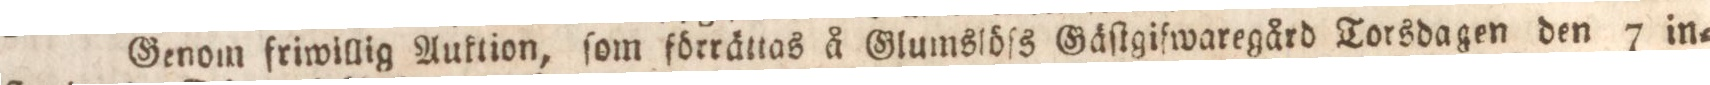
Genom friwillig Auktion, ſom förrättas å Glumslöſs Gäſtgifwaregård Torsdagen den 7 in=